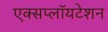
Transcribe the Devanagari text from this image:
एक्सप्लॉयटेशन